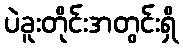
ပဲခူးတိုင်းအတွင်းရှိ